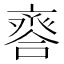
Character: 𠆋